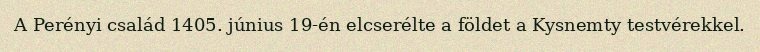
A Perényi család 1405. június 19-én elcserélte a földet a Kysnemty testvérekkel.